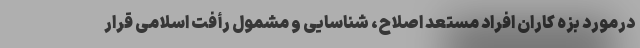
درمورد بزه کاران افراد مستعد اصلاح، شناسایی و مشمول رأفت اسلامی قرار